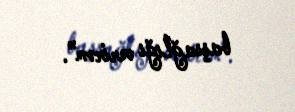
başsağlığı verirəm”.